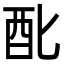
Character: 䣥